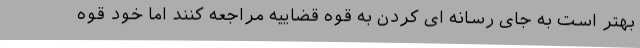
بهتر است به جای رسانه ای کردن به قوه قضاییه مراجعه کنند اما خود قوه